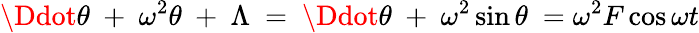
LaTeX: \Ddot{\theta}\ +\ \omega^{2}\theta\ +\ \Lambda\ =\ \Ddot{\theta}\ +\ \omega^{2}\sin{\theta}\ =\omega^{2}F\cos{\omega t}